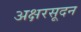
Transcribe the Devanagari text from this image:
अक्षरसूदन